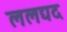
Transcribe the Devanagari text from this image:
ललद्यद